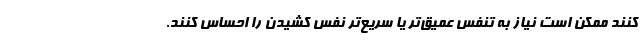
کنند ممکن است نیاز به تنفس عمیق‌تر یا سریع‌تر نفس کشیدن را احساس کنند.